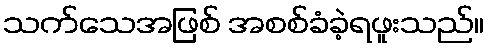
သက်သေအဖြစ် အစစ်ခံခဲ့ရဖူးသည်။